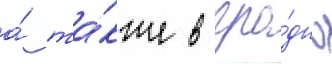
а́ та́кже в гро́дно